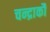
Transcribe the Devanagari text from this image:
चन्द्रार्कौ